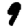
Digit: 9